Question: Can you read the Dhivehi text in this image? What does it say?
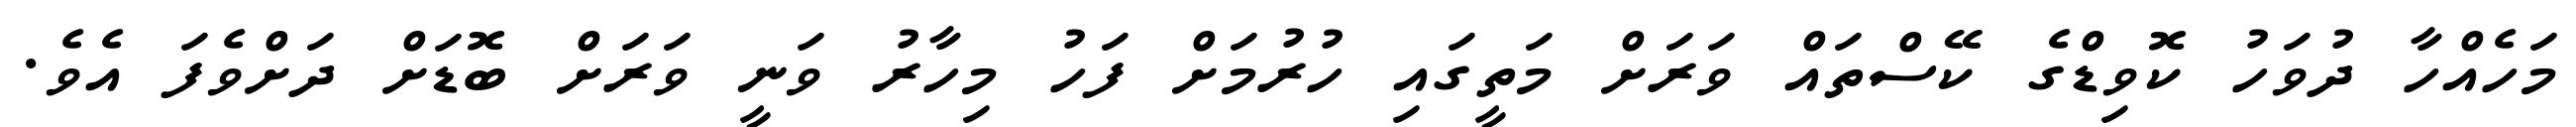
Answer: މަހެއްހާ ދުވަހު ކޮވިޑްގެ ކޭސްތައް ވަރަށް މަތީގައި ހުރުމަށް ފަހު މިހާރު ވަނީ ވަރަށް ބޮޑަށް ދަށްވެފަ އެވެ.